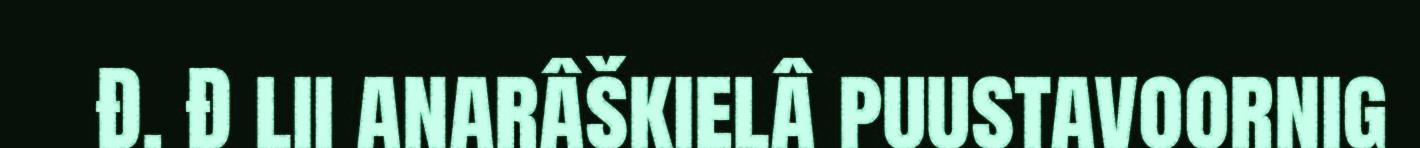
Đ. Đ lii anarâškielâ puustavoornig